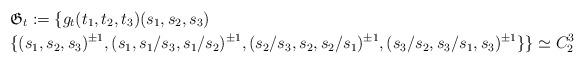
LaTeX: \begin{align*} & \mathfrak{G}_{t}:=\{g_{t}(t_{1},t_{2},t_{3})(s_{1},s_{2},s_{3})\\ & \{(s_{1},s_{2},s_{3})^{\pm1},(s_{1},s_{1}/s_{3},s_{1}/s_{2})^{\pm1},(s_{2}/s_{3},s_{2},s_{2}/s_{1})^{\pm1},(s_{3}/s_{2},s_{3}/s_{1},s_{3})^{\pm1}\}\}\simeq C_{2}^{3}\end{align*}